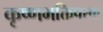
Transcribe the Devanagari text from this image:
कृष्णभक्तिपरक